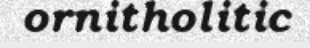
ornitholitic